Annual administration and progress report of the Indian Medical Department, Bombay
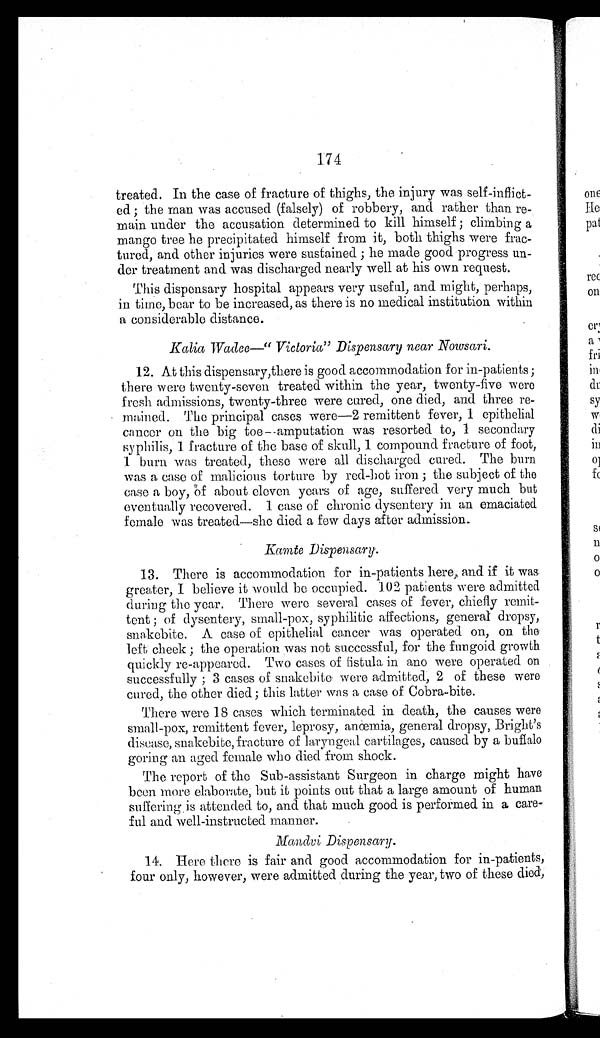
174
treated. In the case of fracture of thighs, the injury was self-inflict
-ed ; the man was accused (falsely) of robbery, and rather than re
-main under the accusation determined to kill himself ; climbing a
mango tree he precipitated himself from it, both thighs were frac
-tured, and other injuries were sustained ; he made good progress un
-der treatment and was discharged nearly well at his own request.
This dispensary hospital appears very useful, and might, perhaps,
in time, bear to be increased, as there is no medical institution within
a considerable distance.
Kalia Wadee—“ Victoria” Dispensary near Nowsari.
12. At this dispensary, there is good accommodation for in-patients ;
there were twenty-seven treated within the year, twenty-five were
fresh admissions, twenty-three were cured, one died, and three re
- m a i n e d . T h e p r i n c i p a l c a s e s w e r e — 2 r e m i t t e n t f e v e r , 1 e p i t h e l i a l
cancer on the big toe—amputation was resorted to, 1 secondary
syphilis, 1 fracture of the base of skull, 1 compound fracture of foot,
1 burn was treated, these were all discharged cured. The burn
was a case of malicious torture by red-hot iron ; the subject of the
case a boy, of about eleven years of age, suffered very much but
eventually recovered. 1 case of chronic dysentery in an emaciated
female was treated—she died a few days after admission.
Kamte Dispensary.
13. There is accommodation for in-patients here, and if it wag
greater, I believe it would be occupied. 102 patients were admitted
during the year. There were several cases of fever, chiefly remit
- t e n t ; o f d y s e n t e r y , s m a l l - p o x , s y p h i l i t i c a f f e c t i o n s , g e n e r a l d r o p s y ,
snakebite. A case of epithelial cancer was operated on, on the
left cheek ; the operation was not successful, for the fungoid growth
quickly re-appeared. Two cases of fistula in ano were operated on
successfully ; 3 cases of snakebite were admitted, 2 of these were
cured, the other died ; this latter was a case of Cobra-bite.
There were 18 cases which terminated in death, the causes were
small-pox, remittent fever, leprosy, anœmia, general dropsy, Bright's
disease, snakebite, fracture of laryngeal cartilages, caused by a buffalo
goring an aged female who died from shock.
The report of the Sub-assistant Surgeon in charge might have
been more elaborate, but it points out that a large amount of human
suffering is attended to, and that much good is performed in a care
-ful and well-instructed manner
.
Mandvi Dispensary.
14. Here there is fair and good accommodation for in-patients,
four only, however, were admitted during the year, two of these died,